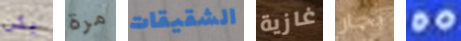
يكن مرة الشقيقات غازية بحار DO